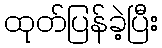
ထုတ်ပြန်ခဲ့ပြီး